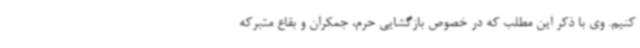
کنیم. وی با ذکر این مطلب که در خصوص بازگشایی حرم، جمکران و بقاع متبرکه